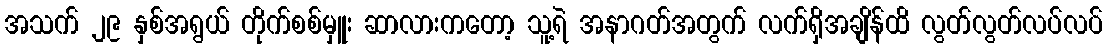
အသက် ၂၉ နှစ်အရွယ် တိုက်စစ်မှူး ဆာလားကတော့ သူ့ရဲ အနာဂတ်အတွက် လက်ရှိအချိန်ထိ လွတ်လွတ်လပ်လပ်